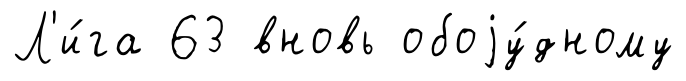
Л'и́га 63 вновь обоjу́дному